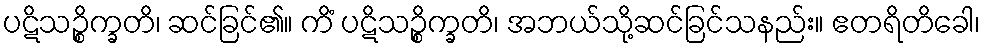
ပဋိသဉ္စိက္ခတိ၊ ဆင်ခြင်၏။ ကိံ ပဋိသဉ္စိက္ခတိ၊ အဘယ်သို့ဆင်ခြင်သနည်း။ ဧတရိတိခေါ၊